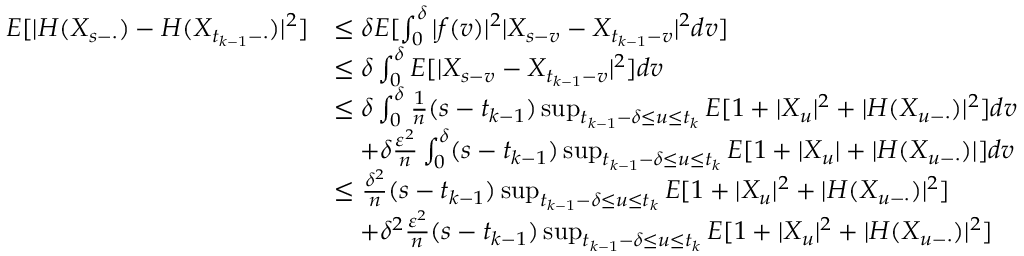
\begin{array} { r l } { E [ | H ( X _ { s - \cdot } ) - H ( X _ { t _ { k - 1 } - \cdot } ) | ^ { 2 } ] } & { \leq \delta E [ \int _ { 0 } ^ { \delta } | f ( v ) | ^ { 2 } | X _ { s - v } - X _ { t _ { k - 1 } - v } | ^ { 2 } d v ] } \\ & { \leq \delta \int _ { 0 } ^ { \delta } E [ | X _ { s - v } - X _ { t _ { k - 1 } - v } | ^ { 2 } ] d v } \\ & { \leq \delta \int _ { 0 } ^ { \delta } \frac { 1 } { n } ( s - t _ { k - 1 } ) \operatorname* { s u p } _ { t _ { k - 1 } - \delta \leq u \leq t _ { k } } E [ 1 + | X _ { u } | ^ { 2 } + | H ( X _ { u - \cdot } ) | ^ { 2 } ] d v } \\ & { \quad + \delta \frac { \varepsilon ^ { 2 } } { n } \int _ { 0 } ^ { \delta } ( s - t _ { k - 1 } ) \operatorname* { s u p } _ { t _ { k - 1 } - \delta \leq u \leq t _ { k } } E [ 1 + | X _ { u } | + | H ( X _ { u - \cdot } ) | ] d v } \\ & { \leq \frac { \delta ^ { 2 } } { n } ( s - t _ { k - 1 } ) \operatorname* { s u p } _ { t _ { k - 1 } - \delta \leq u \leq t _ { k } } E [ 1 + | X _ { u } | ^ { 2 } + | H ( X _ { u - \cdot } ) | ^ { 2 } ] } \\ & { \quad + \delta ^ { 2 } \frac { \varepsilon ^ { 2 } } { n } ( s - t _ { k - 1 } ) \operatorname* { s u p } _ { t _ { k - 1 } - \delta \leq u \leq t _ { k } } E [ 1 + | X _ { u } | ^ { 2 } + | H ( X _ { u - \cdot } ) | ^ { 2 } ] } \end{array}